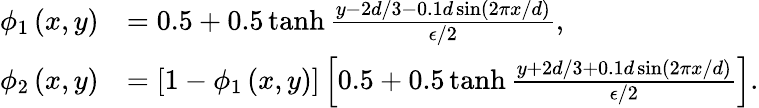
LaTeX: \begin{array}{rl}{\phi_{1}\left(x,y\right)}&{=0.5+0.5\operatorname{tanh}\frac{y-2d/3-0.1d\sin\left(2\pi x/d\right)}{\epsilon/2},}\\ {\phi_{2}\left(x,y\right)}&{=\left[1-\phi_{1}\left(x,y\right)\right]\left[0.5+0.5\operatorname{tanh}\frac{y+2d/3+0.1d\sin\left(2\pi x/d\right)}{\epsilon/2}\right].}\end{array}